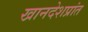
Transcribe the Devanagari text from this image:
खानदेशप्रांत